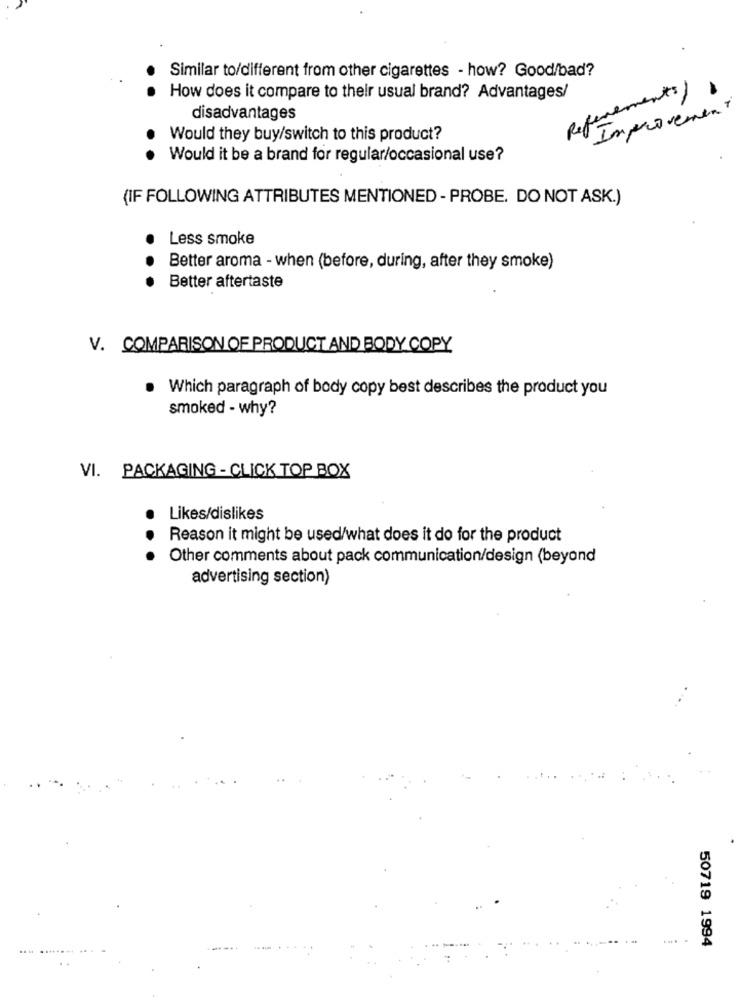
Similar to/different from other cigarettes - how? Good/bad?
Referements)
How does it compare to their usual brand? Advantages/
"Improvement
disadvantages
Would they buy/switch to this product?
Would it be a brand for regular/occasional use?
(IF FOLLOWING ATTRIBUTES MENTIONED - PROBE. DO NOT ASK.)
Less smoke
Better aroma - when (before, during, after they smoke)
.. .
Better aftertaste
V. COMPARISON OF PRODUCT AND BODY COPY
. Which paragraph of body copy best describes the product you
smoked - why?
VI. PACKAGING - CLICK TOP BOX
Likes/dislikes
Reason it might be used/what does it do for the product
.. .
Other comments about pack communication/design (beyond
advertising section)
50719 1994